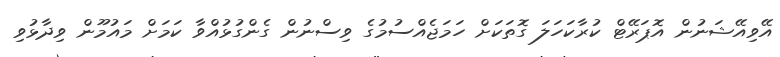
އޭވިއޭޝަނުން އޮޕަރޭޓް ކުރާކަހަލަ ގޮތަކަށް ހަމަޖެއްސުމުގެ ވިސްނުން ގެންގުޅުއްވާ ކަމަށް މައުމޫން ވިދާޅުވި